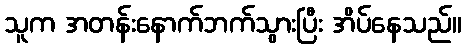
သူက အတန်းနောက်ဘက်သွားပြီး အိပ်နေသည်။